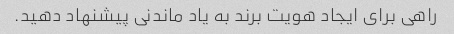
راهی برای ایجاد هویت برند به یاد ماندنی پیشنهاد دهید.